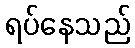
ရပ်နေသည်